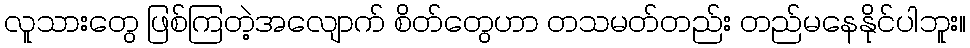
လူသားတွေ ဖြစ်ကြတဲ့အလျောက် စိတ်တွေဟာ တသမတ်တည်း တည်မနေနိုင်ပါဘူး။